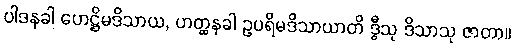
ပါဒနခါ ဟေဋ္ဌိမဒိသာယ, ဟတ္ထနခါ ဥပရိမဒိသာယာတိ ဒွီသု ဒိသာသု ဇာတာ။